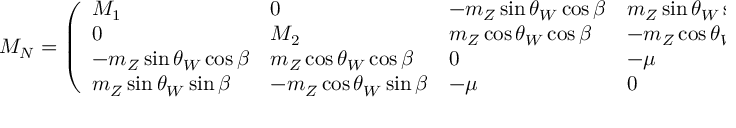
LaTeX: { \cal M } _ { \cal N } = \left( \begin{array} { l l l l } { { M _ { 1 } } } & { { 0 } } & { { - m _ { Z } \sin \theta _ { W } \cos \beta } } & { { m _ { Z } \sin \theta _ { W } \sin \beta } } \\ { { 0 } } & { { M _ { 2 } } } & { { m _ { Z } \cos \theta _ { W } \cos \beta } } & { { - m _ { Z } \cos \theta _ { W } \sin \beta } } \\ { { - m _ { Z } \sin \theta _ { W } \cos \beta } } & { { m _ { Z } \cos \theta _ { W } \cos \beta } } & { { 0 } } & { { - \mu } } \\ { { m _ { Z } \sin \theta _ { W } \sin \beta } } & { { - m _ { Z } \cos \theta _ { W } \sin \beta } } & { { - \mu } } & { { 0 } } \end{array} \right) \; ,